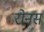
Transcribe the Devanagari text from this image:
रोनस